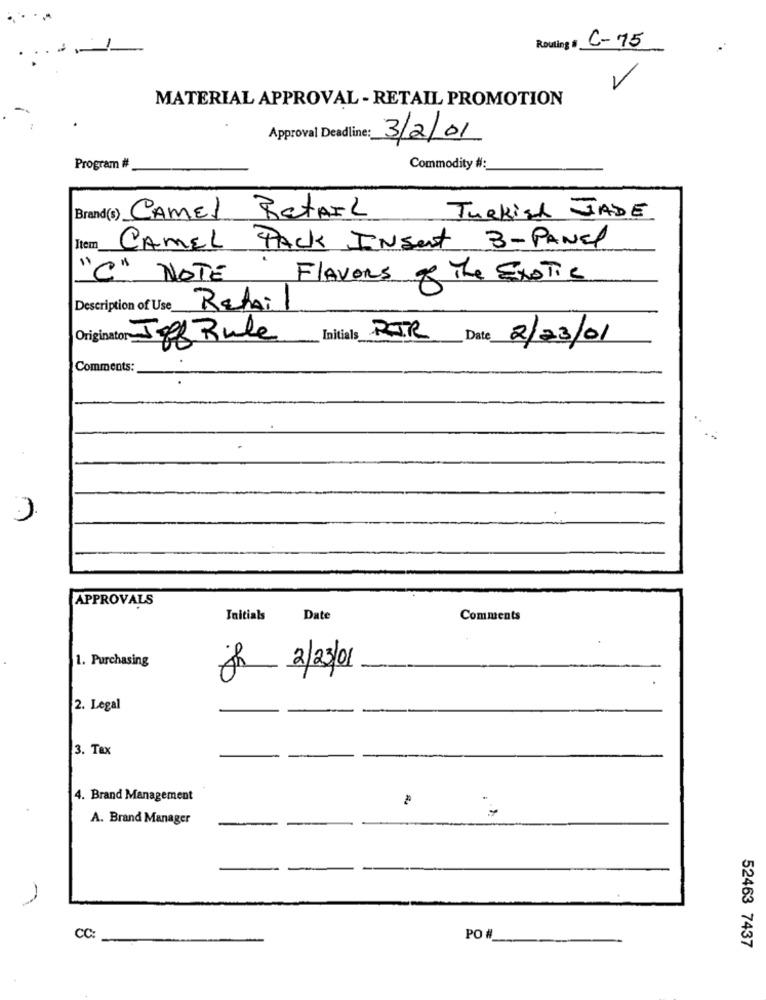
Routing # C-75
-
MATERIAL APPROVAL - RETAIL PROMOTION
Approval Deadline: 3/2/01
Program #
Commodity #:
Brand(s) CAMEl BetAIL
Turkish JADE
Item
CAMEL PACK INSert B-PANEL
"C" NOTE
Flavors of The Exotic
Rehai
Jeff Rule
Initials RIR
Date
2/23/01
Comments:
APPROVALS
Initials
Date
Comments
1. Purchasing
jh 2/23/01
2. Legal
3. Tax
4. Brand Management
A. Brand Manager
CC:
PO #
52463 7437